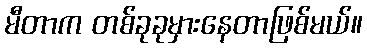
မီတာက တစ်ခုခုမှားနေတာဖြစ်မယ်။